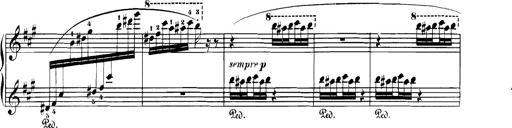
Title: Spinnerlied aus dem Fliegenden HollÃ¤nder
Composer: Franz Liszt